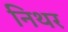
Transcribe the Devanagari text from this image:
निथर